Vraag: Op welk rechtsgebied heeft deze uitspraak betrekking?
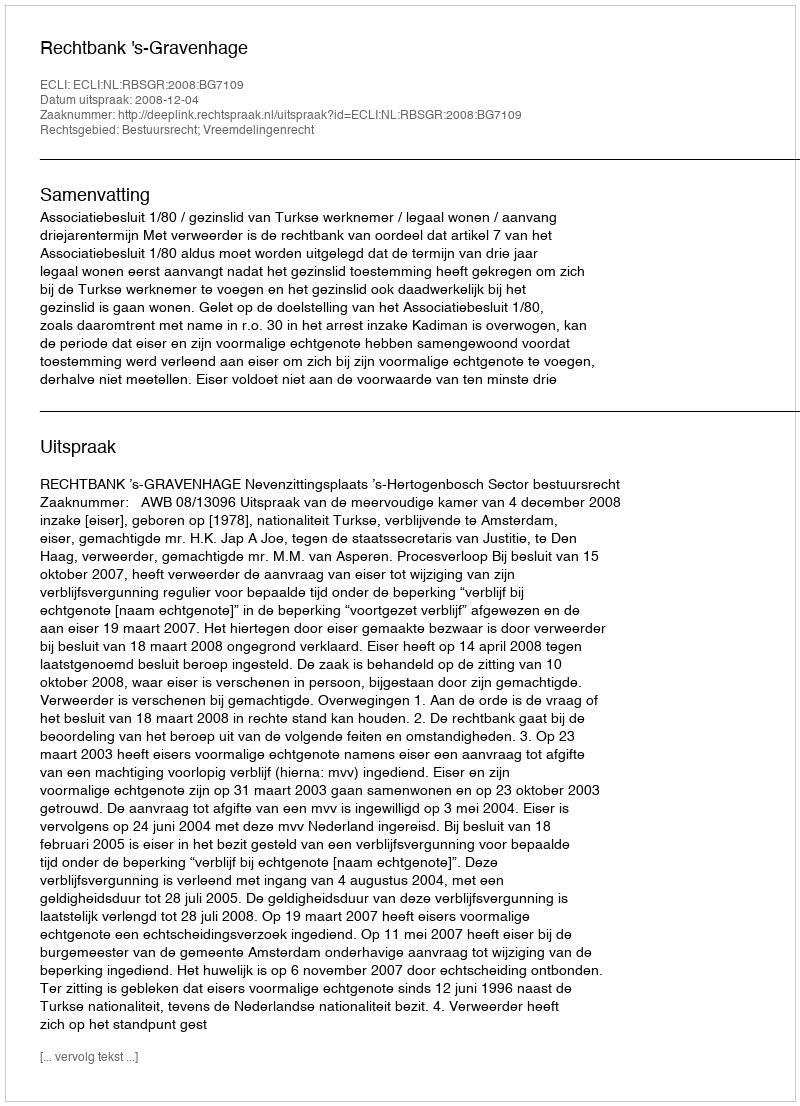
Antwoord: Bestuursrecht; Vreemdelingenrecht